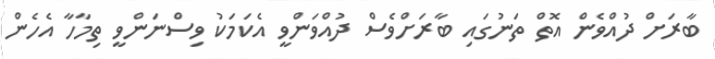
ބާރަށް ދުއްވެން އޮތް ތަނުގައި ބާރަށްވެސް ދުއްވަންވީ އެކަމަކު ވިސްނަންވީ ތިމާހާ އެހެން